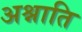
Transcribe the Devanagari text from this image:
अश्नाति